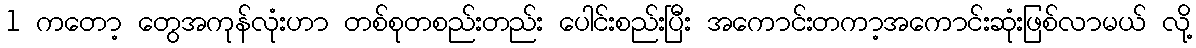
1 ကတော့ တွေအကုန်လုံးဟာ တစ်စုတစည်းတည်း ပေါင်းစည်းပြီး အကောင်းတကာ့အကောင်းဆုံးဖြစ်လာမယ် လို့